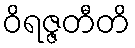
ဝိရဇ္ဇတီတိ